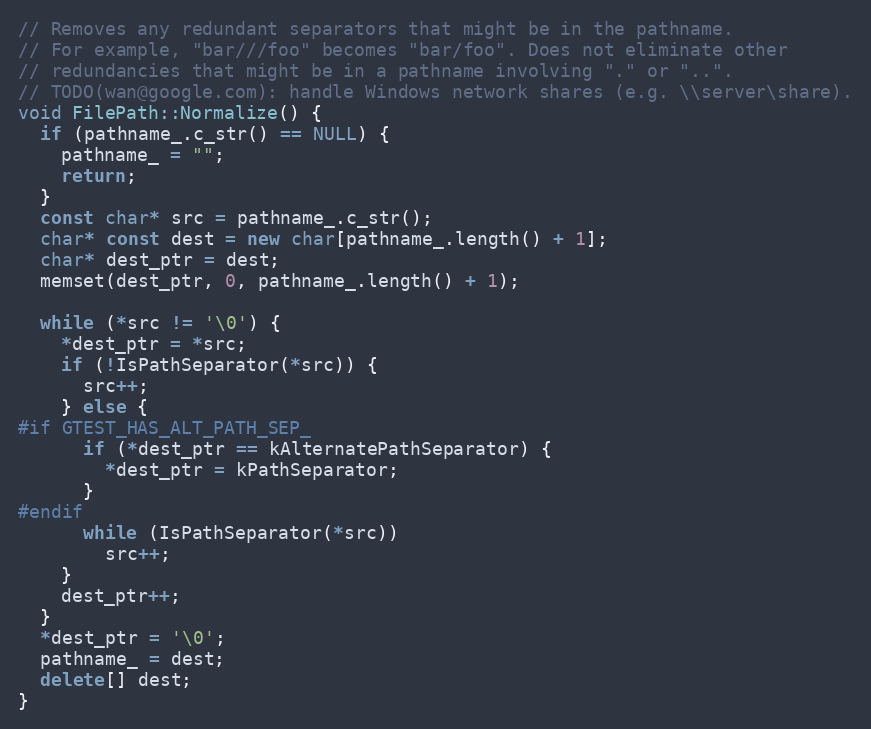
Language: C++
// Removes any redundant separators that might be in the pathname.
// For example, "bar///foo" becomes "bar/foo". Does not eliminate other
// redundancies that might be in a pathname involving "." or "..".
// TODO(wan@google.com): handle Windows network shares (e.g. \\server\share).
void FilePath::Normalize() {
  if (pathname_.c_str() == NULL) {
    pathname_ = "";
    return;
  }
  const char* src = pathname_.c_str();
  char* const dest = new char[pathname_.length() + 1];
  char* dest_ptr = dest;
  memset(dest_ptr, 0, pathname_.length() + 1);

  while (*src != '\0') {
    *dest_ptr = *src;
    if (!IsPathSeparator(*src)) {
      src++;
    } else {
#if GTEST_HAS_ALT_PATH_SEP_
      if (*dest_ptr == kAlternatePathSeparator) {
        *dest_ptr = kPathSeparator;
      }
#endif
      while (IsPathSeparator(*src))
        src++;
    }
    dest_ptr++;
  }
  *dest_ptr = '\0';
  pathname_ = dest;
  delete[] dest;
}